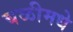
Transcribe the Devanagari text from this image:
घळीमधे